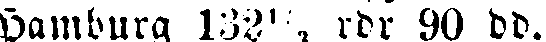
Hamburg 132½ , rdr 90 dd.